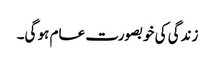
زندگی کی خوبصورت عام ہو گی۔